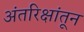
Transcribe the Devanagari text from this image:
अंतरिक्षांतून